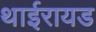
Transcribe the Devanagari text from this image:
थाईरायड